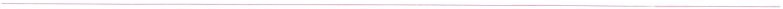
___